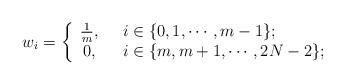
LaTeX: \begin{align*} {{w}}_i=\left \{\begin{array}{cl} \frac{1}{m}, & ~~i\in \{0,1,\cdots,m-1\};\\ 0, & ~~i\in \{m,m+1,\cdots,2N-2\};\end{array}\right .\end{align*}